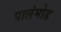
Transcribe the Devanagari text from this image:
पालंमोड